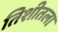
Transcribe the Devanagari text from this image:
तिशीतला